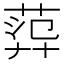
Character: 𦴮